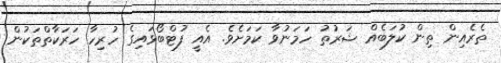
ތެރެއިން ތިން ކުލަބެއް ޝަރުތު ހަމަނުވާ ކަމަށެވެ. އެއީ ފުޓްބޯޅައިގެ ހުރިހާ ހަރަކާތްތަކުން